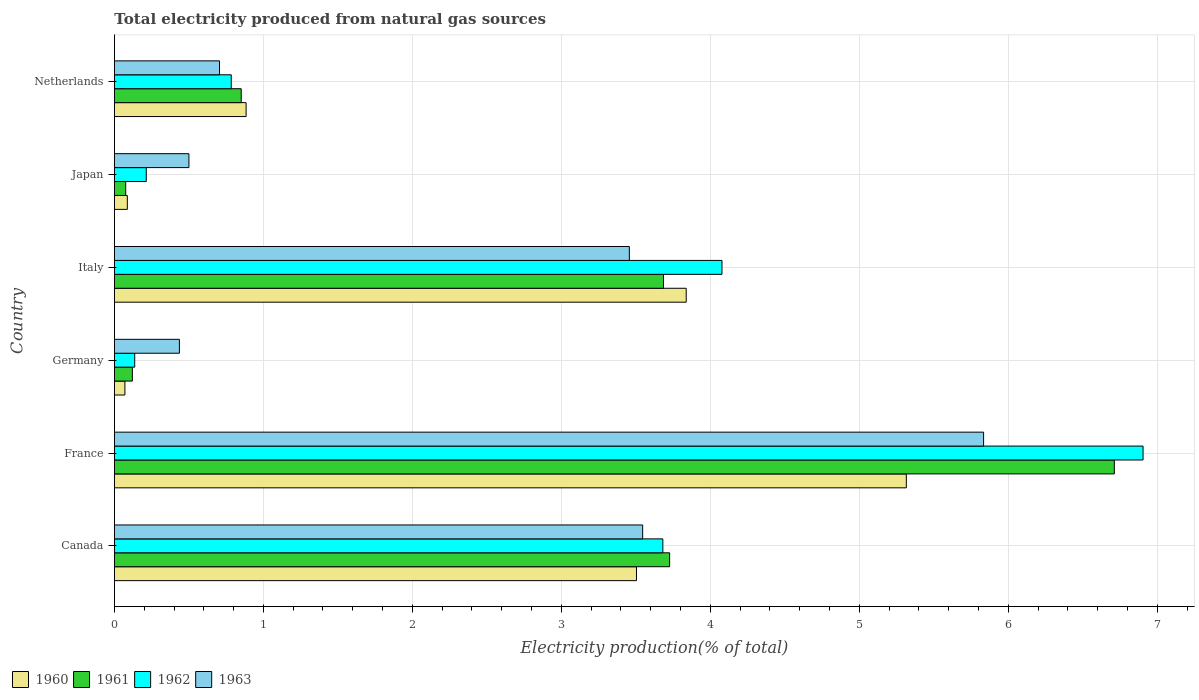
| Country | 1960 | 1961 | 1962 | 1963 |
 | --- | --- | --- | --- | --- |
 | Canada | 3.5 | 3.73 | 3.68 | 3.55 |
 | France | 5.32 | 6.71 | 6.91 | 5.83 |
 | Germany | 0.0703 | 0.12 | 0.136 | 0.436 |
 | Italy | 3.84 | 3.69 | 4.08 | 3.46 |
 | Japan | 0.0866 | 0.0757 | 0.214 | 0.5 |
 | Netherlands | 0.884 | 0.851 | 0.784 | 0.705 |